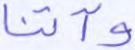
وآتنا